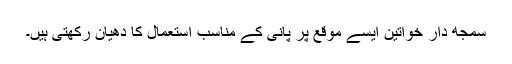
سمجھ دار خواتین ایسے موقع پر پانی کے مناسب استعمال کا دھیان رکھتی ہیں۔